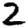
Digit: 2